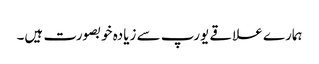
ہمارے علاقے یورپ سے زیادہ خوبصورت ہیں۔